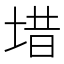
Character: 𪣤